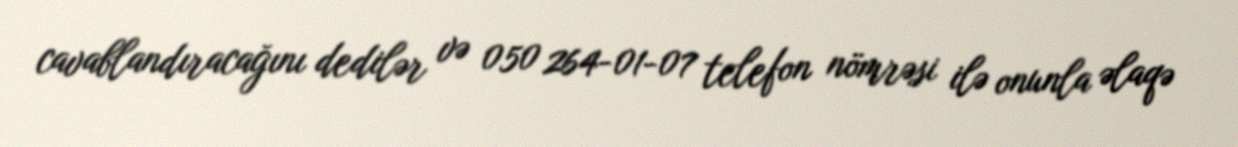
cavablandıracağını dedilər və 050 264-01-07 telefon nömrəsi ilə onunla əlaqə